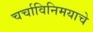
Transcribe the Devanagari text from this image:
चर्चाविनिमयाचे